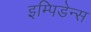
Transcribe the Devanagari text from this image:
इम्पिडेन्स